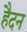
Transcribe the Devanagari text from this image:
हैदन